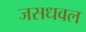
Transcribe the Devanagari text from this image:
जसधवल